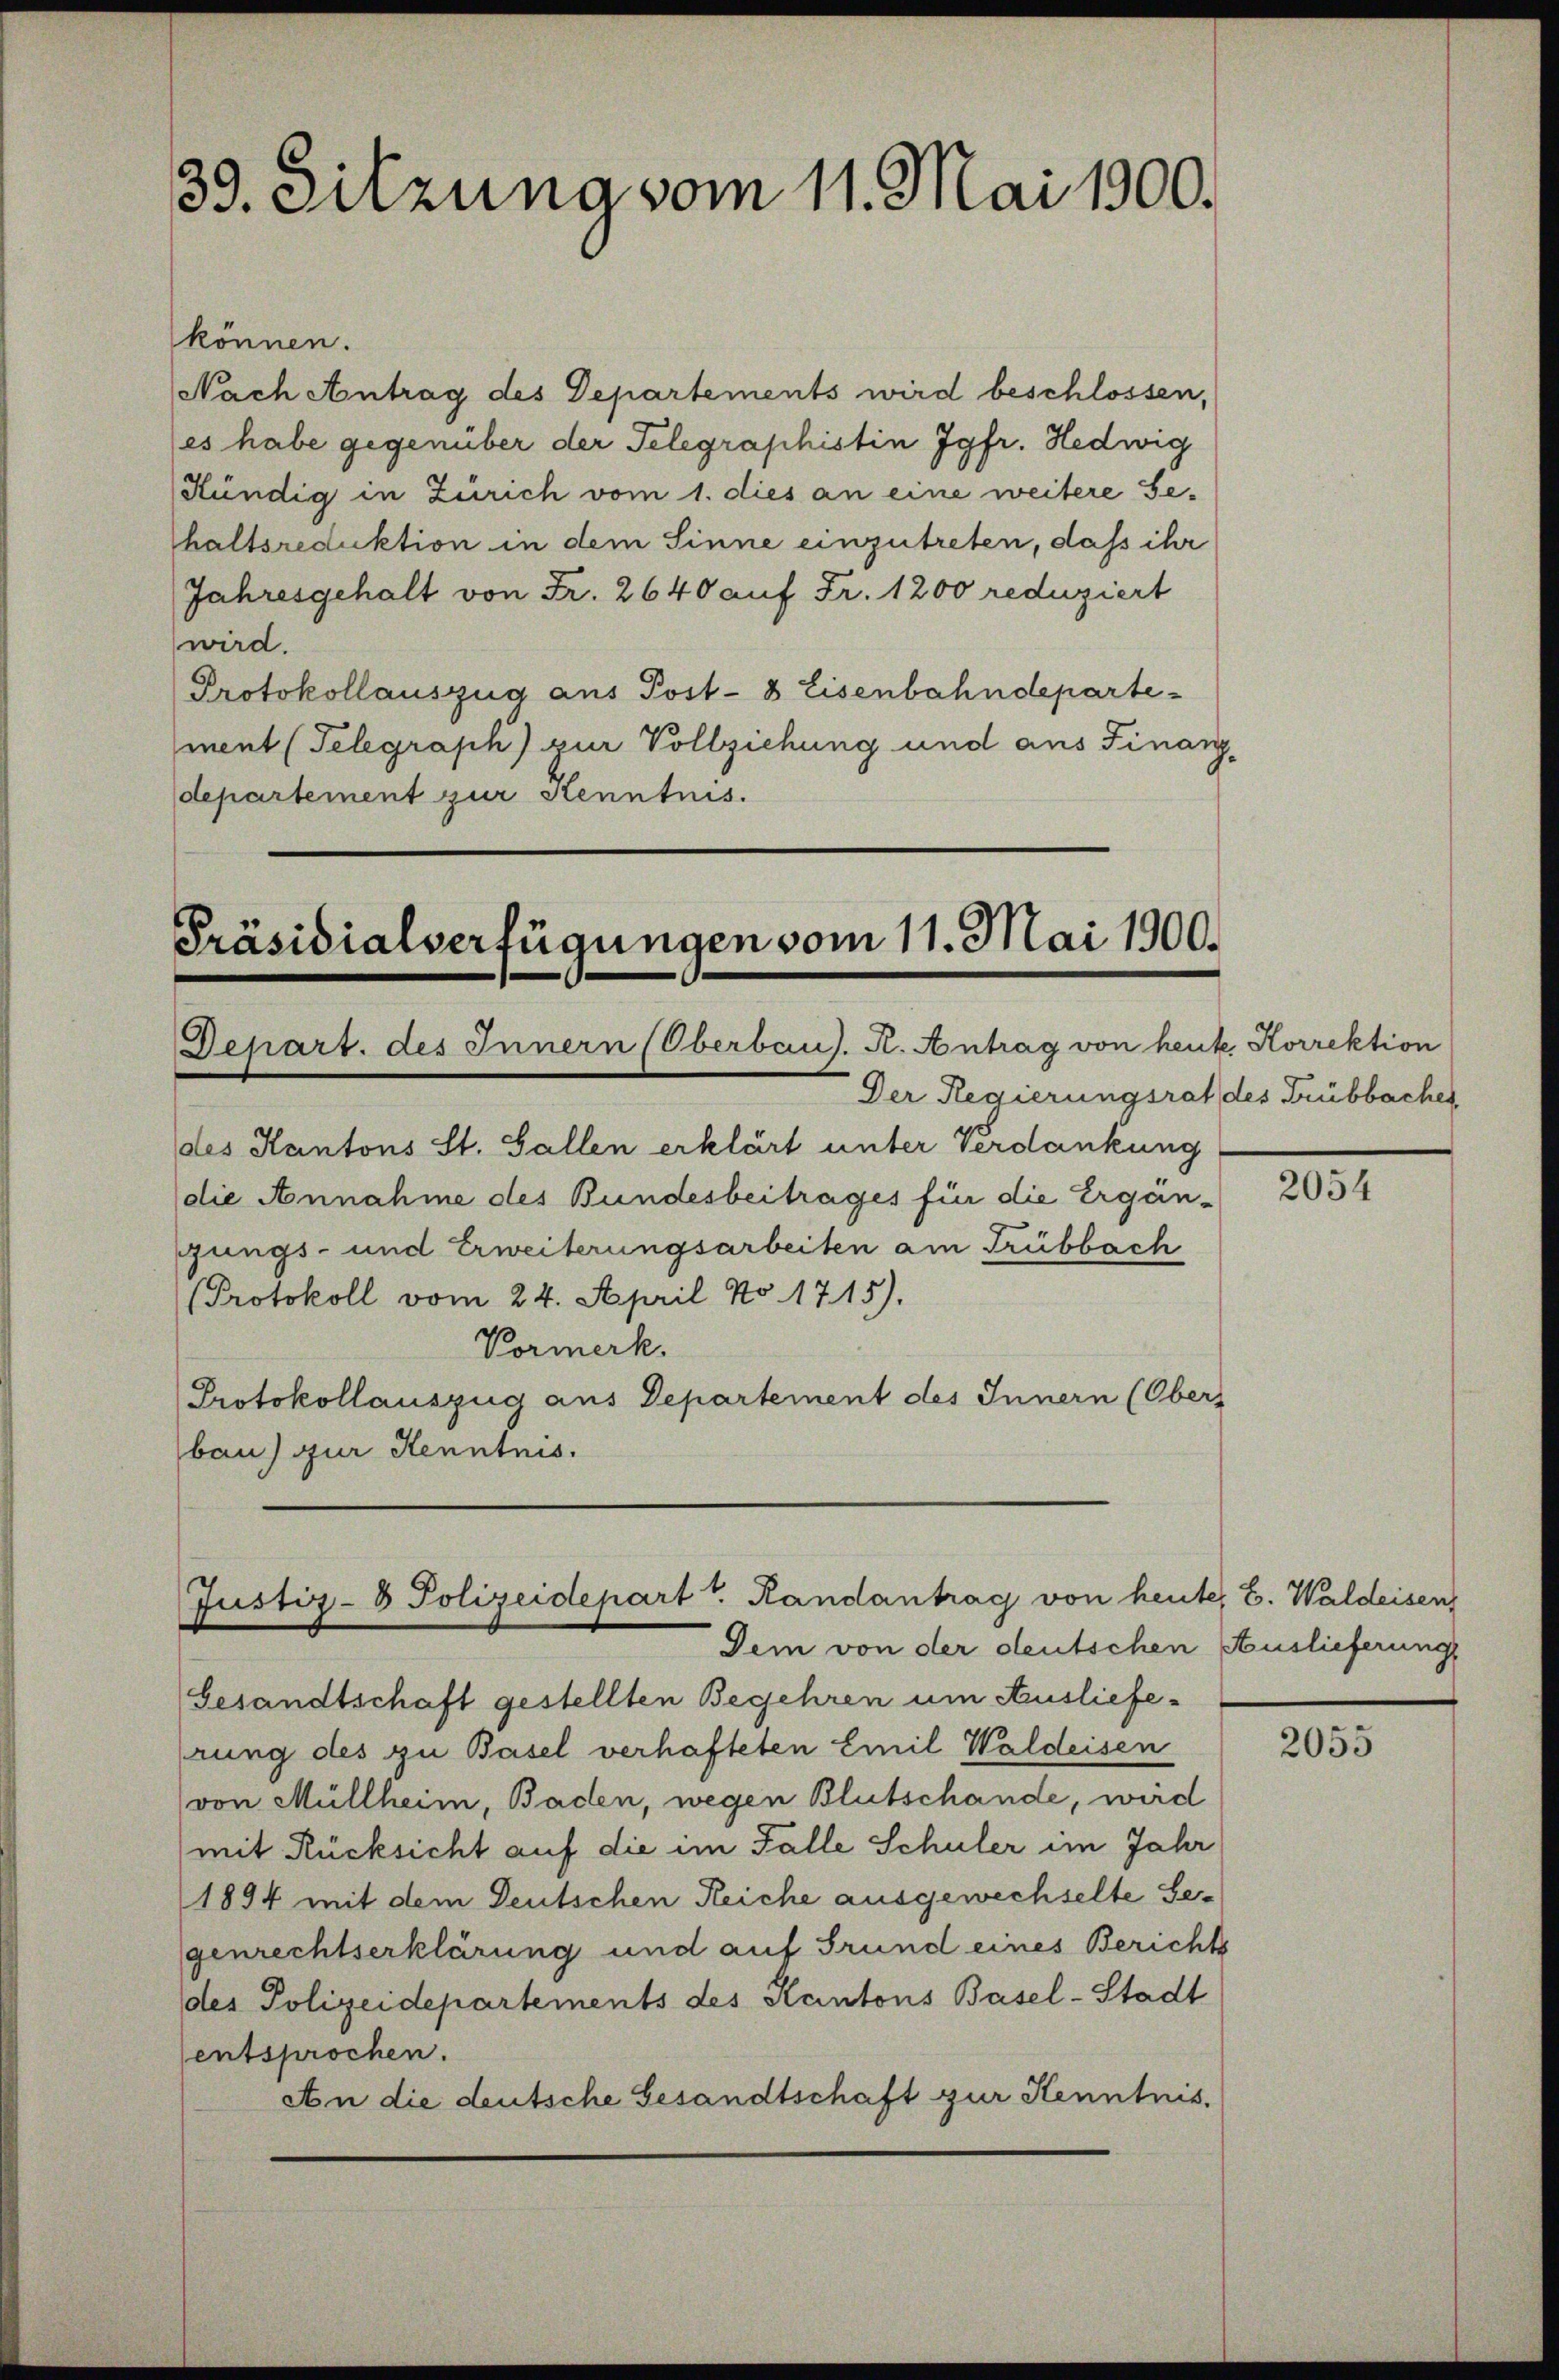
39. Sitzung vom 11. Mai 1900.

können.
Nach Antrag des Departements wird beschlossen,
es habe gegenüber der Telegraphistin Jgfr. Hedwig
Kündig in Zürich vom 1. dies an eine weitere Gehaltsreduktion in dem Sinne einzutreten, daß ihr
Jahresgehalt von Fr. 2640 auf Fr. 1200 reduziert
wird.
Protokollauszug aus Post- 8 Eisenbahndepartement (Telegraph) zur Vollziehung und aus Finanz-
departement zur Kenntnis.

Präsidialverfügungen vom 11. Mai 1900.
Depart. des Innern (Oberbaus. K. Antrag von heute Korrektion

Der Regierungsrat des Trübbaches
des Kantons St. Gallen erklärt unter Verdankung
die Annahme des Bundesbeitrages für die Ergängungs- und Erweiterungsarbeiten am Trübbach
Protokoll vom 24. April No 1715).
Vormerk.
Protokollauszug aus Departement des Innern (Obers
bau) zur Kenntnis.

Justiz- & Polizeidepart v. Randantrag von heute, E. Waldeisen
Dem von der deutschen Auslieferung

Gesandtschaft gestellten Begehren um Auslieferung des zu Basel verhafteten Emil Waldeisen
von Müllheim, Baden, wegen Blutschande, wird
mit Rücksicht auf die im Falle Schuler im Jahr
1894 mit dem Deutschen Reiche ausgewechselte Segenrechtserklärung und auf Grund eines Berichts
des Polizeidepartements des Kantons Basel-Stadt
entsprochen.
An die deutsche Gesandtschaft zur Kenntnis.

2054

2055